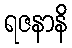
ရဇနာနိ